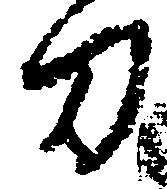
刀